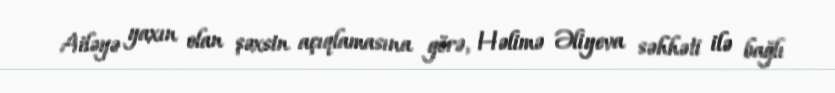
Ailəyə yaxın olan şəxsin açıqlamasına görə, Həlimə Əliyeva səhhəti ilə bağlı